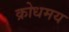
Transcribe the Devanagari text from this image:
क्रोधमय